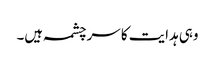
وہی ہدایت کا سرچشمہ ہیں۔